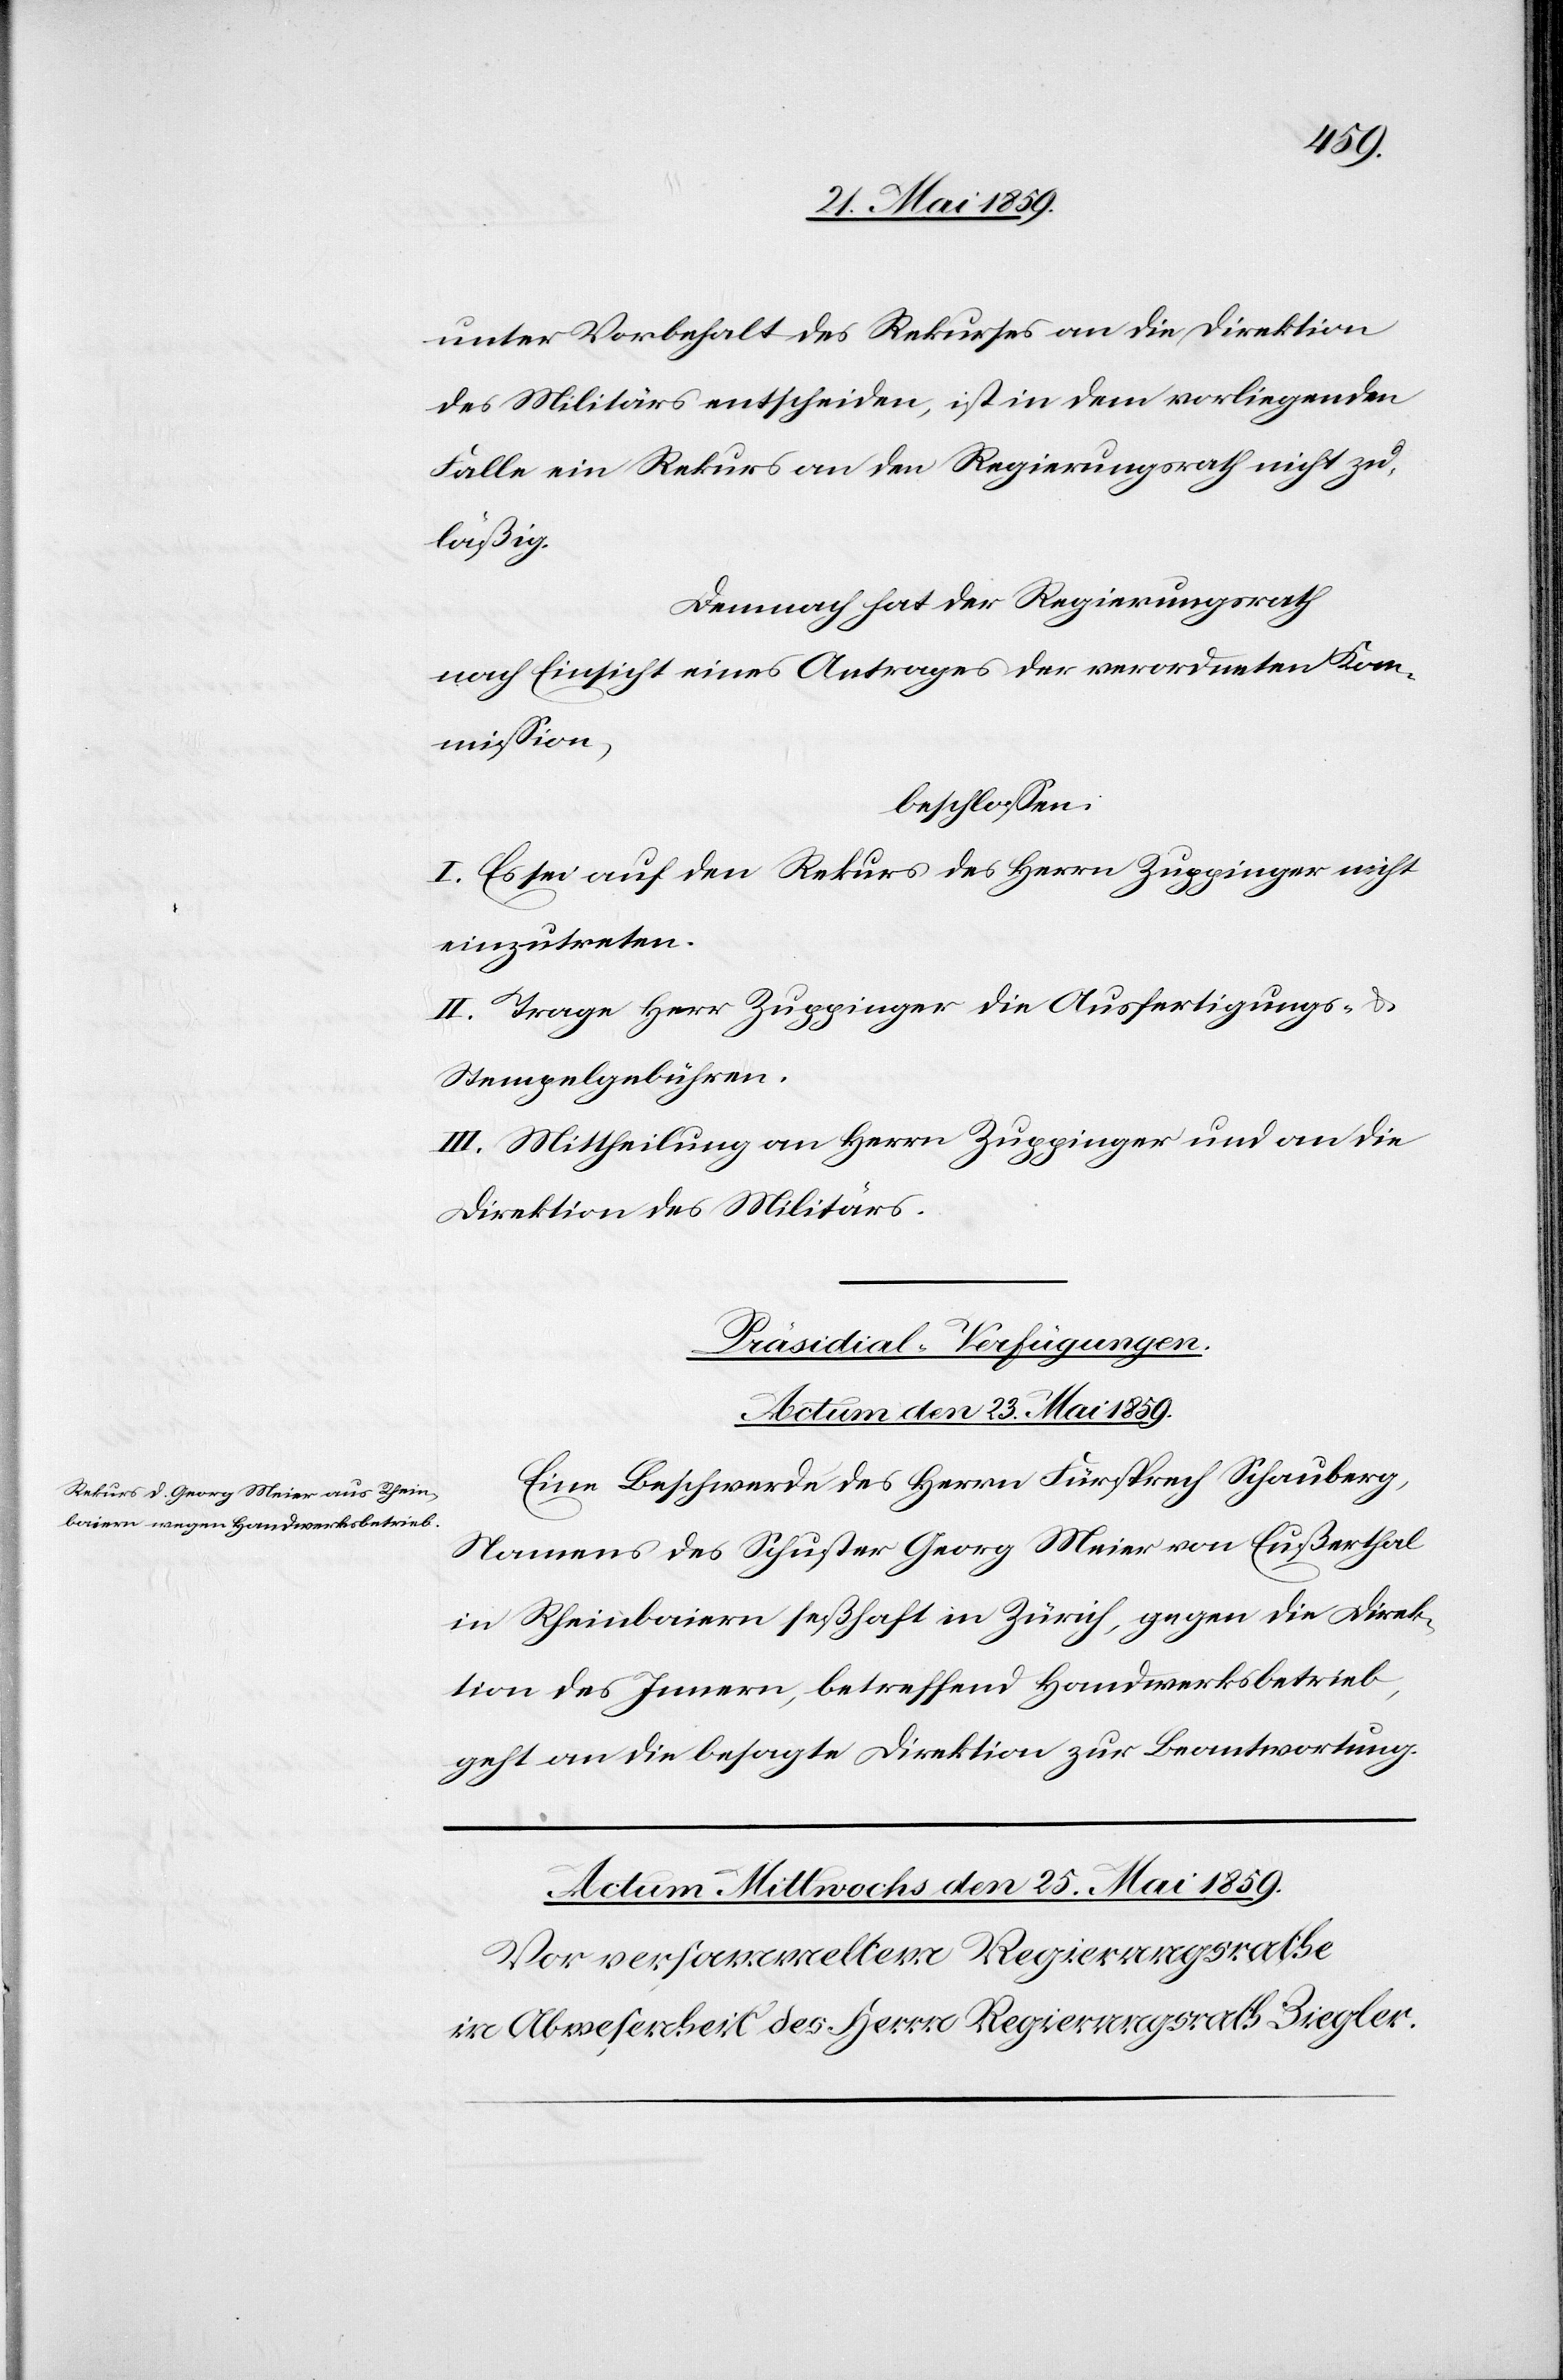
unter Vorbehalt des Rekurses an die Direktion
des Militärs entscheiden, ist in dem vorliegenden
Falle ein Rekurs an den Regierungsrath nicht zu¬
läßig.
Demnach hat der Regierungsrath
nach Einsicht eines Antrages der verordneten Kom¬
mission,
beschlossen:
I. Es sei auf den Rekurs des Herrn Zuppinger nicht
einzutreten.
II. Trage Herr Zuppinger die Ausfertigungs-
Stempelgebühren.
III. Mittheilung an Herrn Zuppinger und an die
Direktion des Militärs.
Präsidial-Verfügungen.
Actum den 23. Mai 1859.
Eine Beschwerde des Herrn Fürsprech Schauberg,
Namens des Schuster Georg Meier von Eußerthal
in Rheinbaiern seßhaft in Zürich, gegen die Direk¬
tion des Innern, betreffend Handwerksbetrieb,
geht an die besagte Direktion zur Beantwortung.